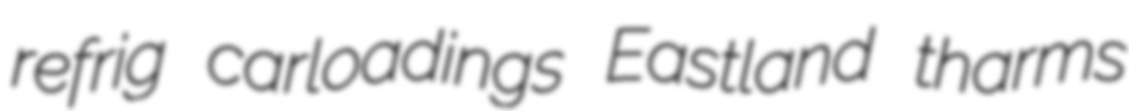
refrig carloadings Eastland tharms